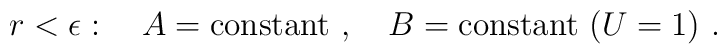
r<\epsilon:~~~A={\rm constant}~,~~~B={\rm constant}~(U=1)~.